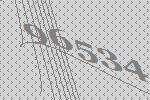
96534